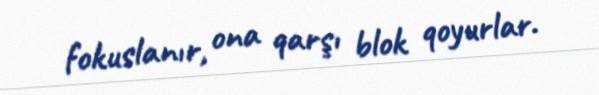
fokuslanır, ona qarşı blok qoyurlar.